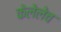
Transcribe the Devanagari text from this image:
केलेलेच